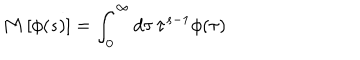
\mathbf { M } \, [ \phi ( s ) ] = \int _ { 0 } ^ { \infty } d \tau \, \tau ^ { s - 1 } \phi ( \tau )